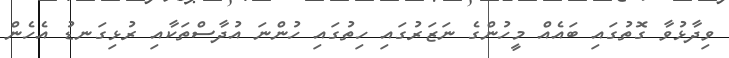
ވިދާޅުވާ ގޮތުގައި ބައެއް މީހުންގެ ނަޒަރުގައި ހިތުގައި ހުންނަ އުދާސްތަކާއި ރުޅިގަނޑު އެހެން